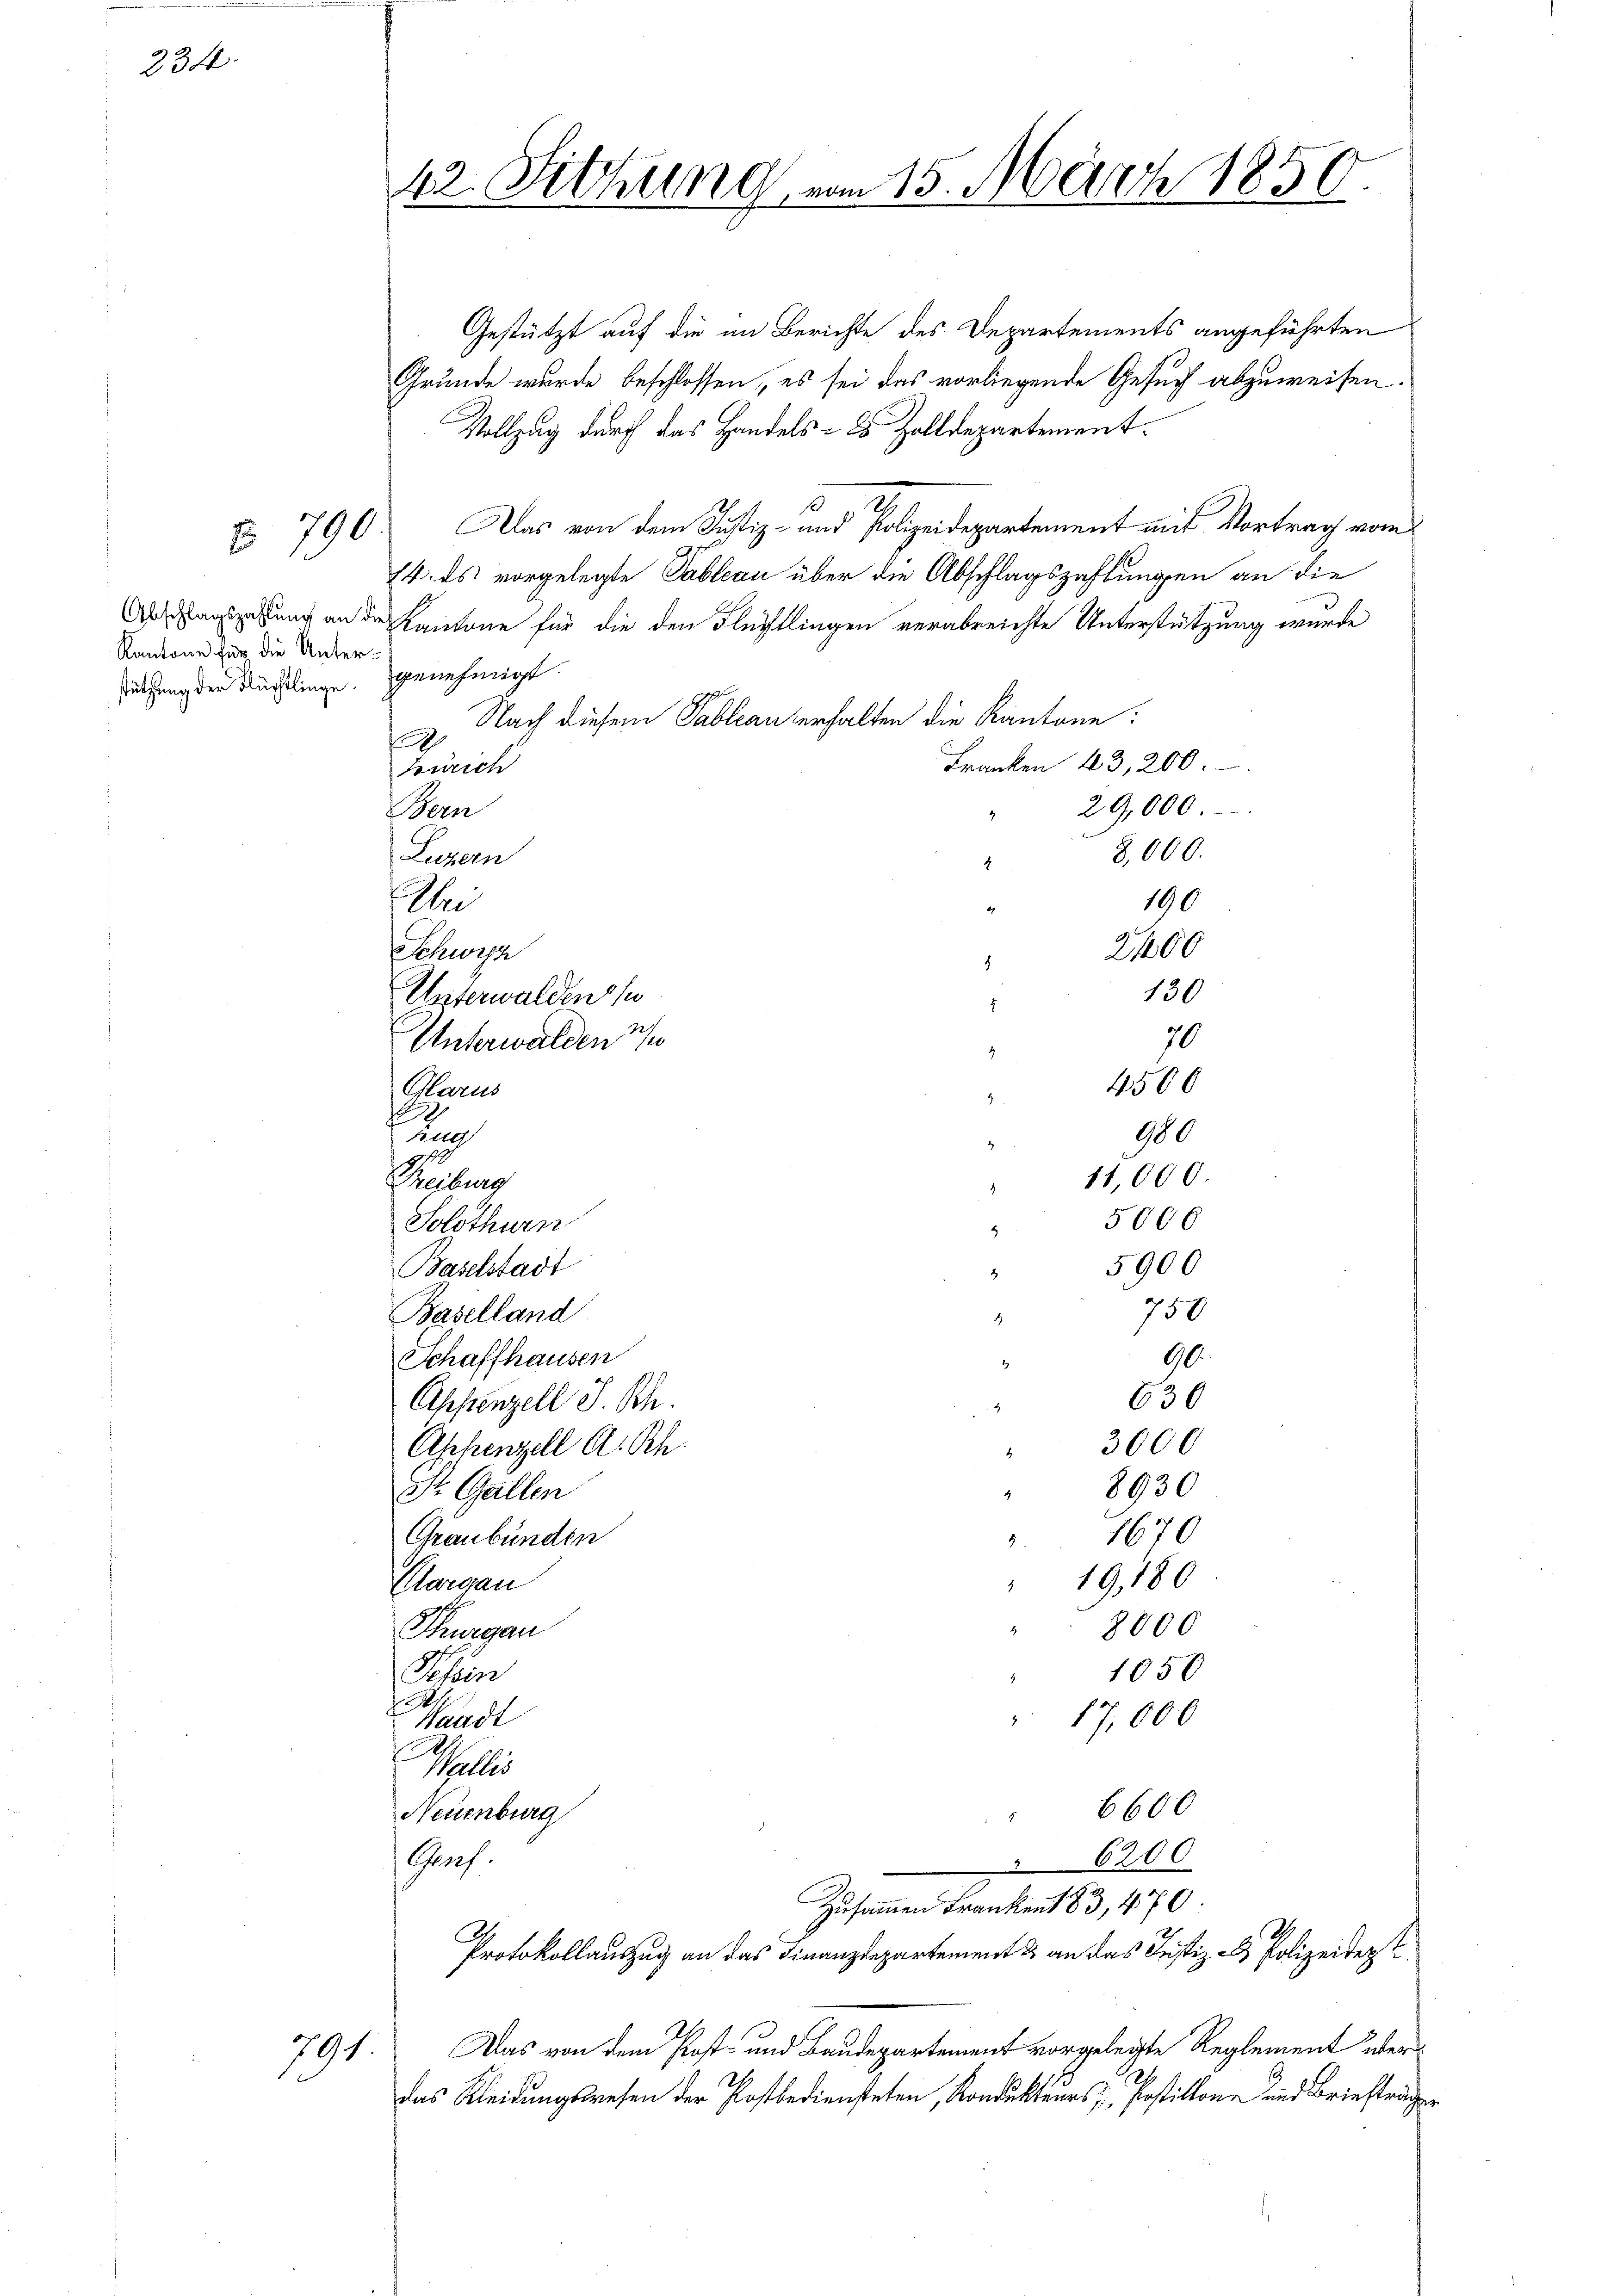
234.

Abschlagszahlung an
Kantone für die Unter
stützung der Flüchtlinge.

§ 790

Gestützt auf die im Berichte des Departements angeführten
Gründe wurde beschlossen, es sei das vorliegende Gesuch abzuweisen.
Vollzug durch das Handels- 2 Zolldepartement.
Das von dem Justiz- und Polizeidepartement mit Vortrag vom
14. ds vorgelegte Tableau über die Abschlagszahlungen an die
de Kantone für die den Flüchtlingen verabreichte Unterstützung wurde
h
genehmigt.
2 Nach diesem Pableau erhalten die Kantone:
Franken 43, 200.
Zürich
29,000.
Bern
8,000.
Luzern
4
ei
e
2400
Schweiz
.
130
70
4500
Glarus
.
900
u
11,000.
Treiburg
5006
Solothurn
5900
Baselstadt
750
Baselland
90.
Schaffhausen
630
Appenzell I.Rh.
.
3000
Appenzell A. Sch
8930
St. Gallen
1670
Graubünden
5
19,180
Aargau
8000
Thurgau
1050
h
17,000
Waadt
Pellis
6600
Neuenburg
Grof.
6200

42. Sitzung von 15. März 1850.

Ah.
791. Das von dem Post- und Baudepartement vorgelegte Reglement über
das Kleidungswesen der Postbediensteten, Kondukteurs Postillone und Briefträg

Unterwalden su
Unterwalden 3/

Zusammen Frankent 83, 470
I.
Protokollauszug an das Finanzdepartement & an das Justiz- & Polizeident

100

24